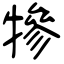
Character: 犙